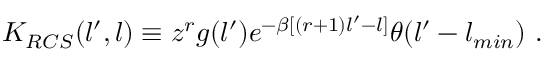
K _ { R C S } ( l ^ { \prime } , l ) \equiv z ^ { r } g ( l ^ { \prime } ) e ^ { - \beta [ ( r + 1 ) l ^ { \prime } - l ] } \theta ( l ^ { \prime } - l _ { m i n } ) \ .